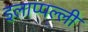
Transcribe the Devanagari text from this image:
इलाप्पल्ली